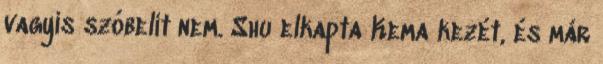
vagyis szóbelit nem. Shu elkapta Kema kezét, és már